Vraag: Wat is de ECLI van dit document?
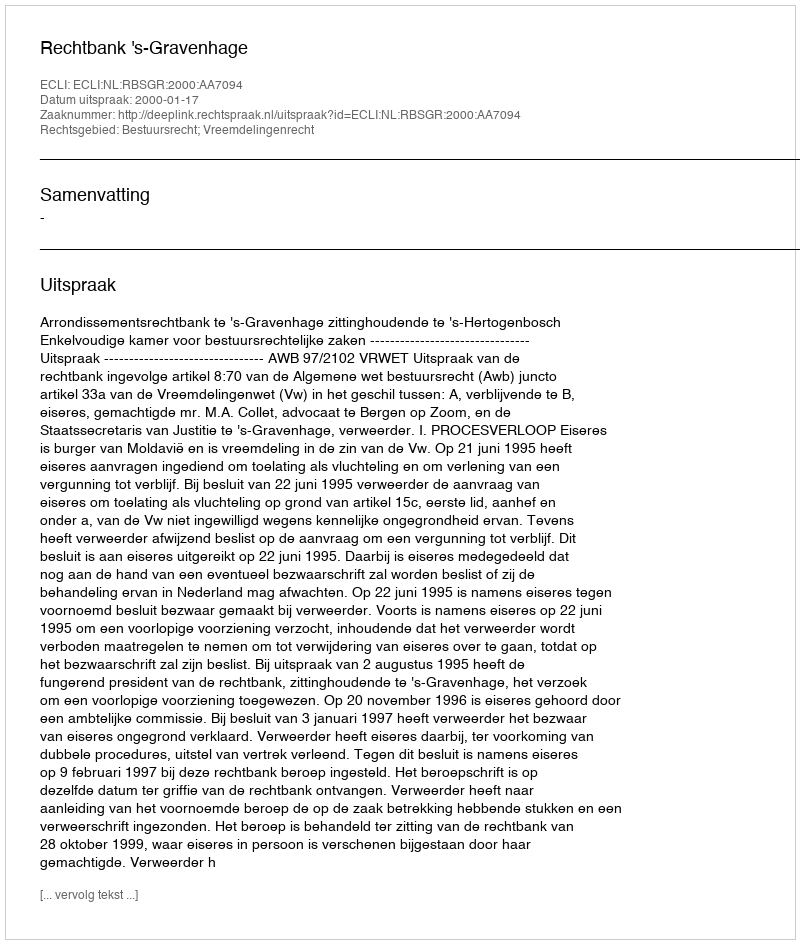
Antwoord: ECLI:NL:RBSGR:2000:AA7094